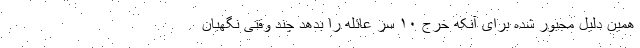
همین دلیل مجبور شده برای آنکه خرج ۱۰ سر عائله را بدهد چند وقتی نگهبان